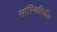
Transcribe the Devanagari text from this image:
सांस्थितिकीय